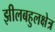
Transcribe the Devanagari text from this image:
झीलबहुलक्षेत्र